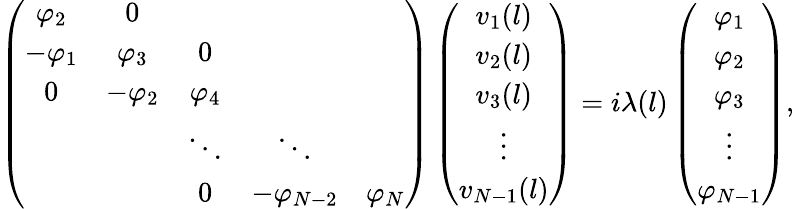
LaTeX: \left(\begin{array}{ccccc}{\varphi_{2}}&{0}&&&\\ {-\varphi_{1}}&{\varphi_{3}}&{0}&&\\ {0}&{-\varphi_{2}}&{\varphi_{4}}&&\\ &&{\ddots}&{\ddots}&\\ &&{0}&{-\varphi_{N-2}}&{\varphi_{N}}\end{array}\right)\left(\begin{array}{c}{v_{1}(l)}\\ {v_{2}(l)}\\ {v_{3}(l)}\\ {\vdots}\\ {v_{N-1}(l)}\end{array}\right)=i\lambda(l)\left(\begin{array}{c}{\varphi_{1}}\\ {\varphi_{2}}\\ {\varphi_{3}}\\ {\vdots}\\ {\varphi_{N-1}}\end{array}\right),